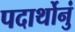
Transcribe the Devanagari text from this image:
पदार्थोनुं